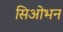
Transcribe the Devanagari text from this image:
सिओभन